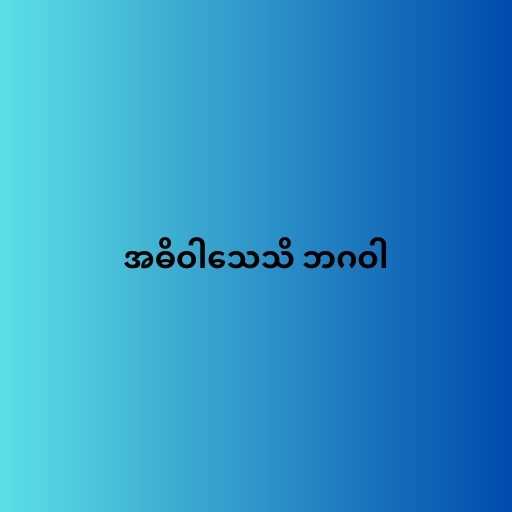
အဓိဝါသေသိ ဘဂဝါ